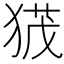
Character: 𭸙